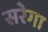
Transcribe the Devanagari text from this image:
सरेगा